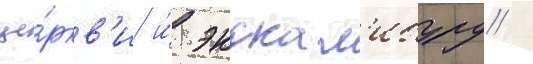
це́ркв'и и́ экскал'ибуру /